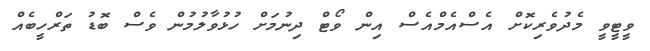
ވީޓީވީ މެދުވެރިކޮށް އެސްއެމްއެސް އިން ވޯޓް ދިނުމަށް ހުޅުވާލުމުން ވެސް ބޮޑު ތަރްހީބެއް